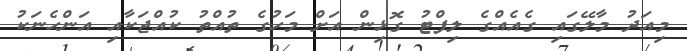
މިއަދު މާލޭގައި ގެއެއްގެ ލިފްޓު ގޮޅިން އަށް މަހުގެ ތުއްތު ކުއްޖަކާއި އަންހެނަކު